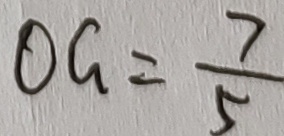
O G = \frac { 7 } { 5 }